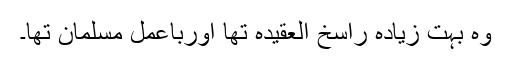
وہ بہت زیادہ راسخ العقیدہ تھا اورباعمل مسلمان تھا۔